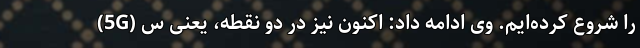
(5G) را شروع کرده‌ایم. وی ادامه داد: اکنون نیز در دو نقطه، یعنی س